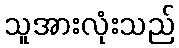
သူအားလုံးသည်